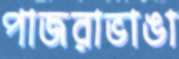
পাজরাভাঙা